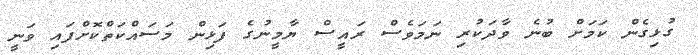
ގުޅިގެން ކަމަށް ބުނެ ވާދަކުރި ނަމަވެސް ރައީސް ޔާމީނުގެ ފަޅިން މަސައްކަތްކޮށްފައި ވަނީ